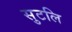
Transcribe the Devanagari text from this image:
सुटलि